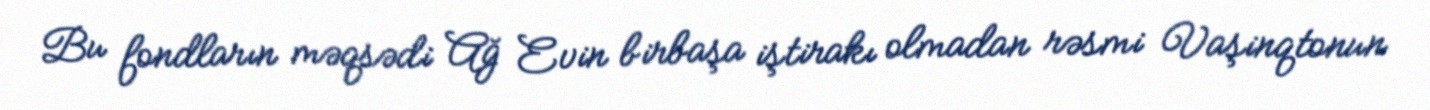
Bu fondların məqsədi Ağ Evin birbaşa iştirakı olmadan rəsmi Vaşinqtonun